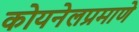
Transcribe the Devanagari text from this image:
कोयनेलप्रमाणे